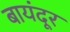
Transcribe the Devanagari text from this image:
बायंदूर